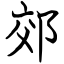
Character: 郊